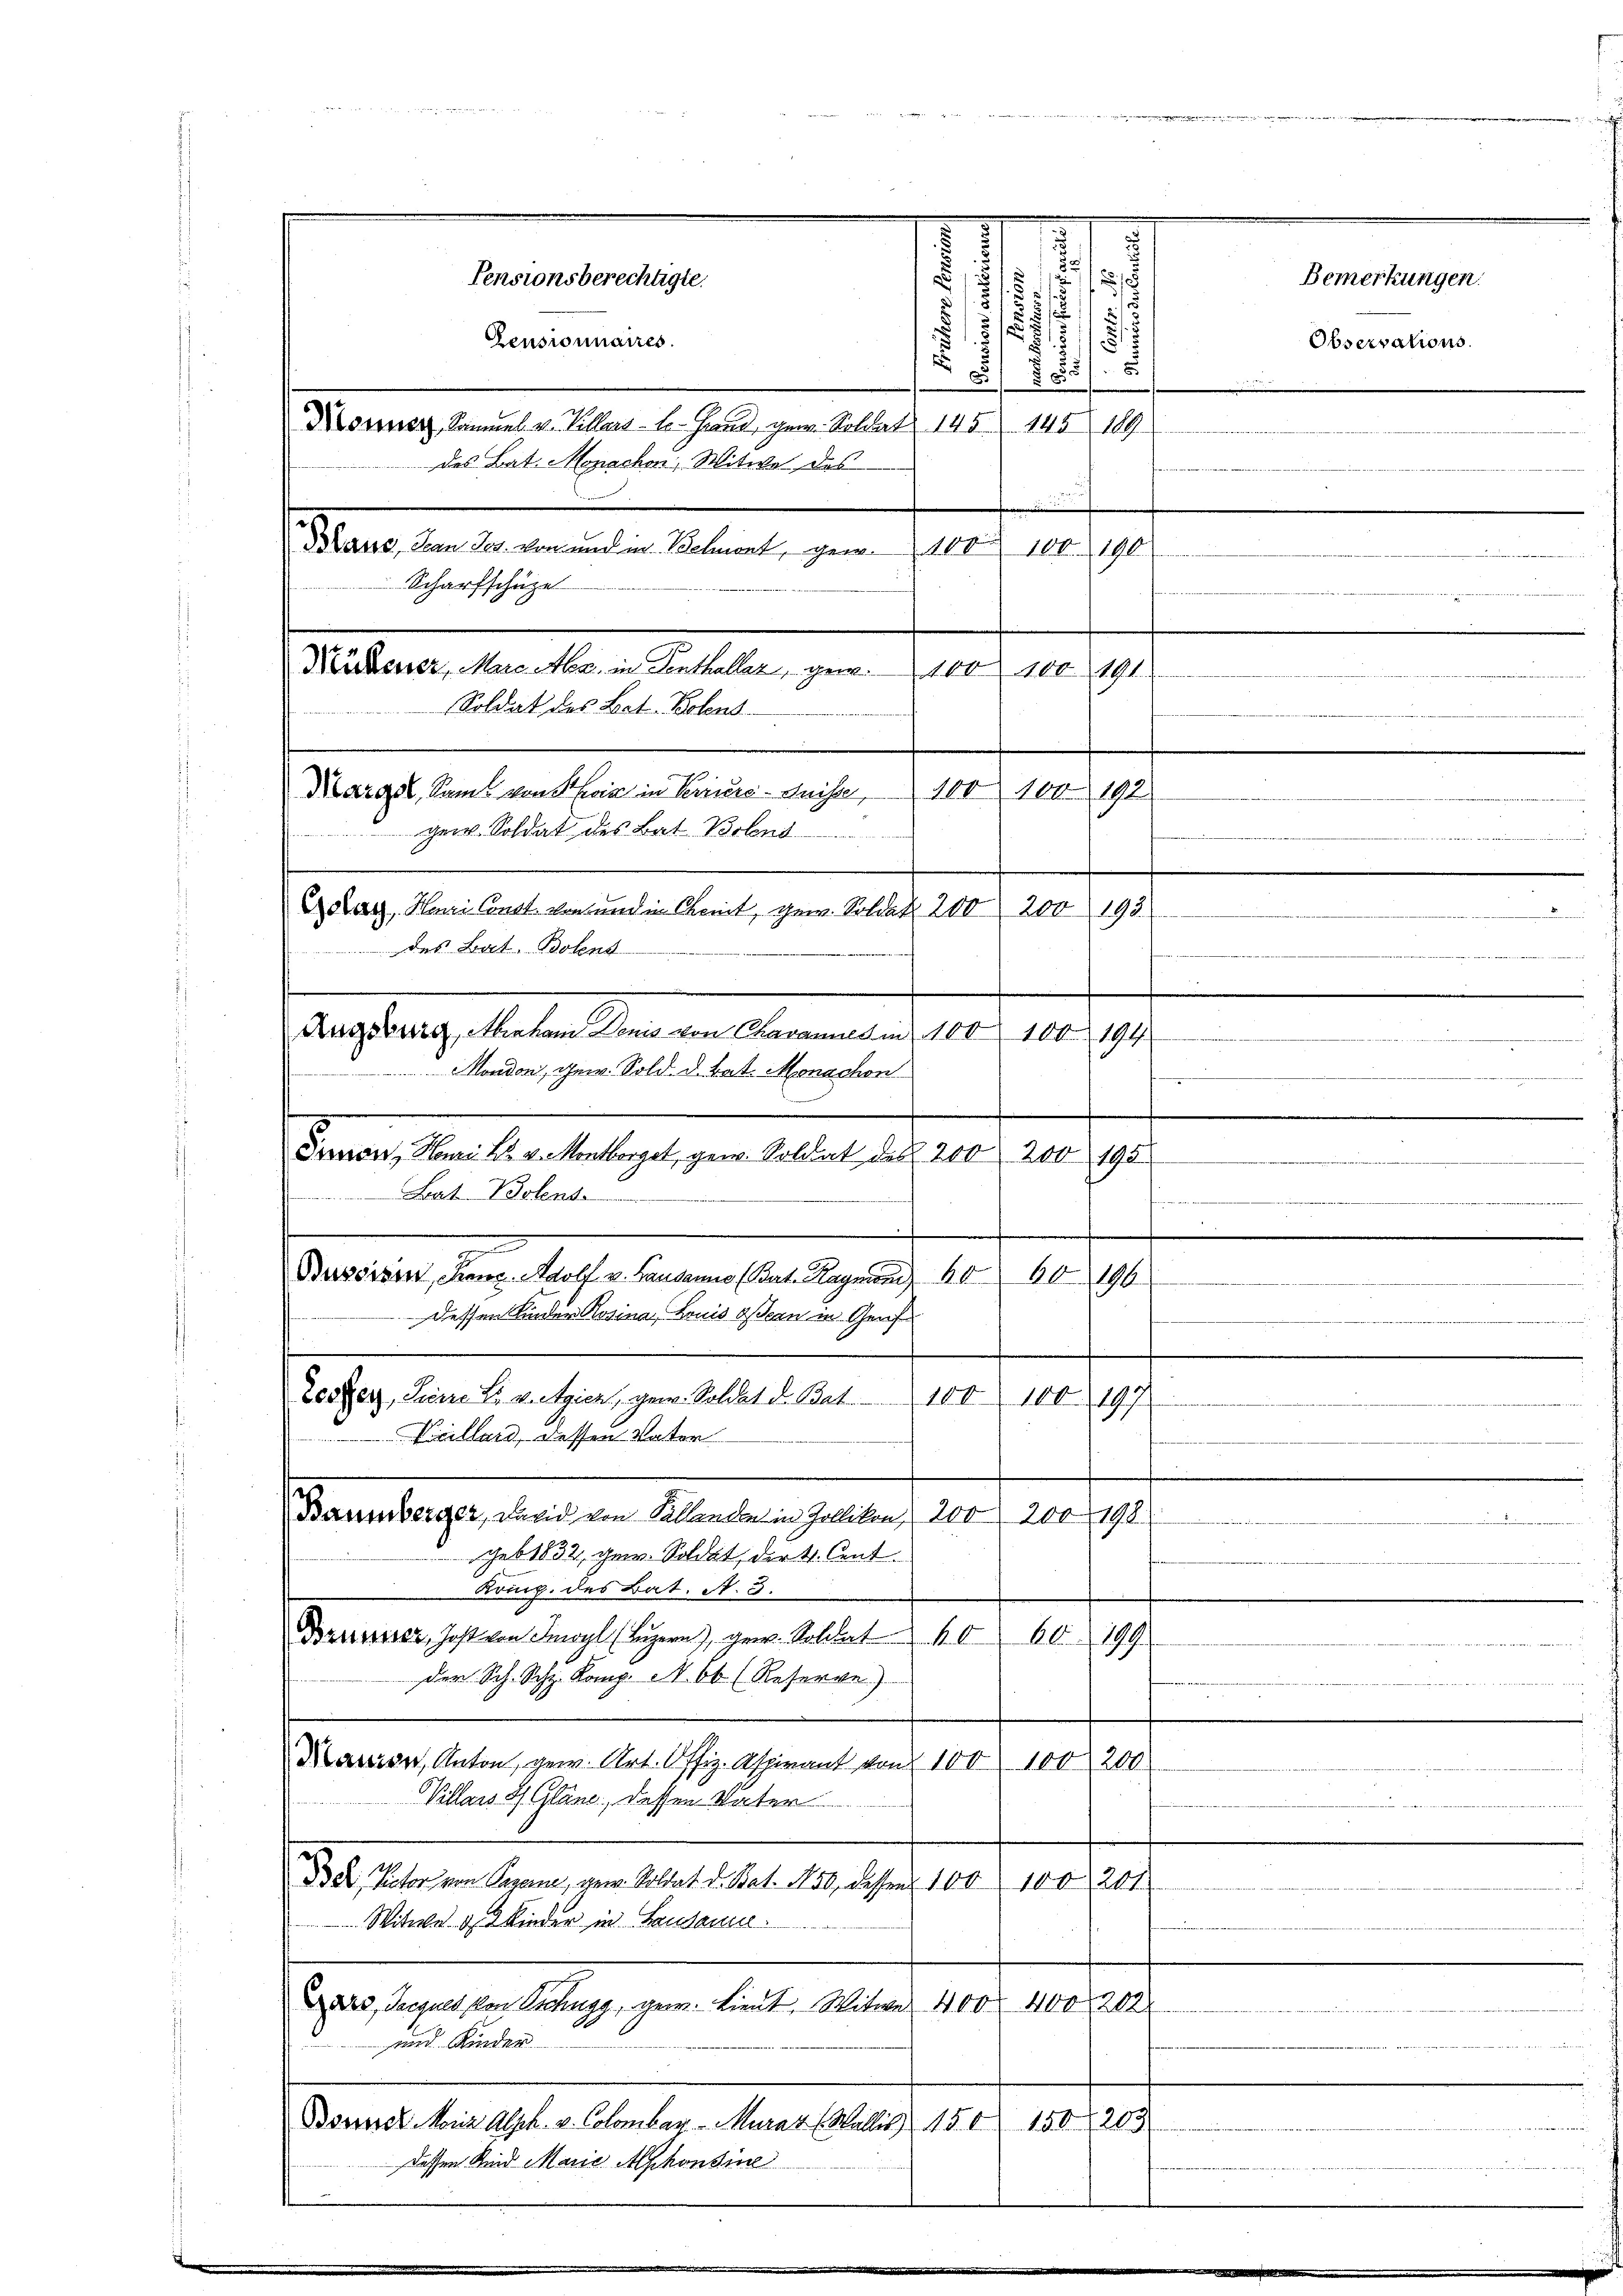
d
2
i
)
d
.
5
1
5 1/2
Pensionnaires.
.
§ 55 f. 5
2
Kosner Sammel v. Villars - - Grand, gew. Soldat 145. 145 189
des Bat. Monachen, Witwe des
i
Mans, Jean Jes. von und in Behnort, ge¬
100. 100. 190
Scharfschüze
Niderer, Marc Abz. in Senthaller, gew. 100 100. 191
Soldat des Let. Bolens
Margel, Samt von Ein in Perina Suisse, 100 100. 192
Ger. Soldat des Bat Botent .................
Golarz, Mani Concl. von und in Kennt, gew. Soldat 200 200 193
des Bat. Botent
d
Augsburg, Maham Denis von Chavanne den 100. 100. 194
Nondon, gew. Sold. d. Bat. Monachen
Froon, Honi 28. v. Montborget, gen. Soldat des 200, 200. 195
Bat. Bolens
d
Buvörden, Franz. Adolf v. Lausanne (Bat. Raymond 6060
196
Dessen Kinder Rosina Louis assern in Graf
f
Zeszer, Sinne Er verzica, gew. Soldat d. Bat
100. 100. 197
Kalland, dessen Vater
t
Baumberger, David von Sallande in Zollikon, 200, 200. 198

geb. 1832, gew. Soldet, der 4. Cent.
Komp. des Bat. A. 3.
Dausser, Jost von Imoyl (Luzern), gew. Soldat 40 60. 199
der Sch. Sch. Komp. N. Ob (Reserve)
e
Marien, Anton gew. Art. Offiz. Aspirant von 100 100, 200
Villais H. Gland, dessen Vater
D D. Rector von Pezane, gew. Soldat d. Bat. 150, dessen 100
rates
Witwe d. Kinder in Landame.
dro, Jacques von Tschugg, gern. Lieut. Witwe 400. 400 208
und Kinder.
Boser Mein Alph. v. Colombar Kurat (Wallis 150 150 f 203
dassen Kind Marie Alphonsine

Pensionsberechtigte.

5

Bemerkungen.
Observations.

.